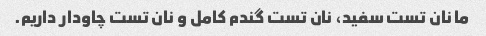
ما نان تست سفید، نان تست گندم کامل و نان تست چاودار داریم.